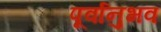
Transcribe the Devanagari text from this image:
पूर्वानुभव